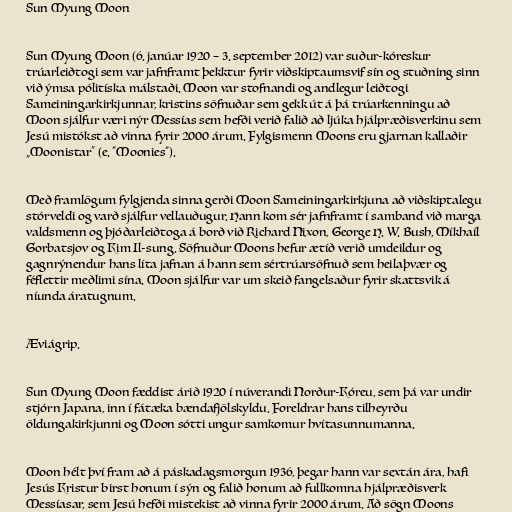
Sun Myung Moon

Sun Myung Moon (6. janúar 1920 – 3. september 2012) var suður-kóreskur
trúarleiðtogi sem var jafnframt þekktur fyrir viðskiptaumsvif sín og stuðning sinn
við ýmsa pólitíska málstaði. Moon var stofnandi og andlegur leiðtogi
Sameiningarkirkjunnar, kristins söfnuðar sem gekk út á þá trúarkenningu að
Moon sjálfur væri nýr Messías sem hefði verið falið að ljúka hjálpræðisverkinu sem
Jesú mistókst að vinna fyrir 2000 árum. Fylgismenn Moons eru gjarnan kallaðir
„Moonistar“ (e. "Moonies").

Með framlögum fylgjenda sinna gerði Moon Sameiningarkirkjuna að viðskiptalegu
stórveldi og varð sjálfur vellauðugur. Hann kom sér jafnframt í samband við marga
valdsmenn og þjóðarleiðtoga á borð við Richard Nixon, George H. W. Bush, Míkhaíl
Gorbatsjov og Kim Il-sung. Söfnuður Moons hefur ætíð verið umdeildur og
gagnrýnendur hans líta jafnan á hann sem sértrúarsöfnuð sem heilaþvær og
féflettir meðlimi sína. Moon sjálfur var um skeið fangelsaður fyrir skattsvik á
níunda áratugnum.

Æviágrip.

Sun Myung Moon fæddist árið 1920 í núverandi Norður-Kóreu, sem þá var undir
stjórn Japana, inn í fátæka bændafjölskyldu. Foreldrar hans tilheyrðu
öldungakirkjunni og Moon sótti ungur samkomur hvítasunnumanna.

Moon hélt því fram að á páskadagsmorgun 1936, þegar hann var sextán ára, hafi
Jesús Kristur birst honum í sýn og falið honum að fullkomna hjálpræðisverk
Messíasar, sem Jesú hefði mistekist að vinna fyrir 2000 árum. Að sögn Moons